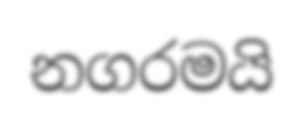
නගරමයි